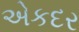
એકદર